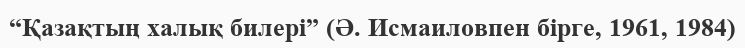
“Қазақтың халық билері” (Ә. Исмаиловпен бірге, 1961, 1984)